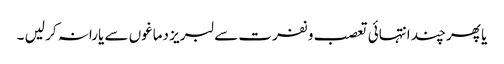
یا پھر چند انتہائی تعصب و نفرت سے لبریز دماغوں سے یارانہ کر لیں ۔